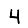
Digit: 4